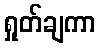
ရှုတ်ချကာ